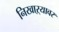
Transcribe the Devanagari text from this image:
निखाऱ्यावर